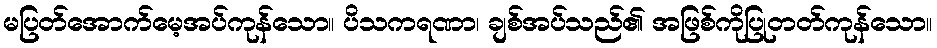
မပြတ်အောက်မေ့အပ်ကုန်သော။ ပိသကရဏာ၊ ချစ်အပ်သည်၏ အဖြစ်ကိုပြုတတ်ကုန်သော။